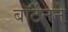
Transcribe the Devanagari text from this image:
बॉर्टेनने